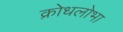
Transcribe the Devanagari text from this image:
क्रोधलोभा